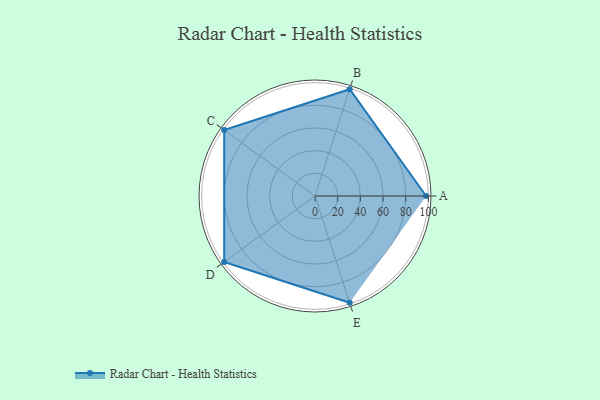
{"axis": {"x": "Skill", "y": "Score"}, "legend": ["Profile"], "data": [{"x": "A", "y": 98.0, "type": "Profile"}, {"x": "B", "y": 99, "type": "Profile"}, {"x": "C", "y": 99, "type": "Profile"}, {"x": "D", "y": 99, "type": "Profile"}, {"x": "E", "y": 99, "type": "Profile"}]}